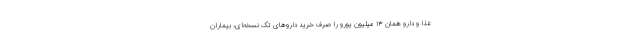
غذا و دارو همان ۱۳ میلیون یورو را صرف خرید داروهای تک نسخه‌ای، بیماران